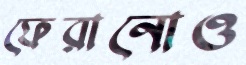
ফেরানোও